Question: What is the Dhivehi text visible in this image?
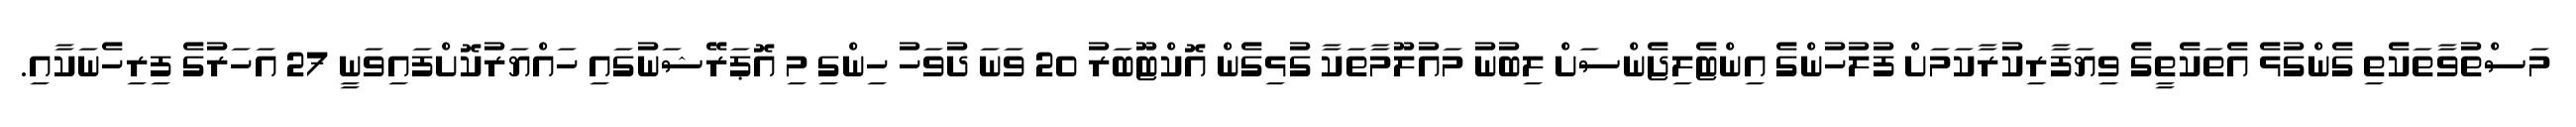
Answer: މަސްތުވާތަކެތި ގެންގުޅެ އެތަކެތީގެ ވިޔަފާރިކުރާކަމަށް ފުލުހުންގެ އިންޓެލިޖެންސަށް ލިބުނު މައުލޫމާތަކާ ގުޅިގެން އޮކްޓޫބަރު 20 ވަނަ ދުވަހު ހިންގި މި އޮޕަރޭޝަނުގައި ހައްޔަރުކޮށްފައިވަނީ 27 އަހަރުގެ ފިރިހެނަކާއި.